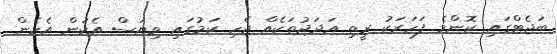
ބަޖެޓްގައި ކޮންމެ ފަހަރަކު ރީތި އަދަދުތަކެއް ޖެހި ކަމުގައި ވިޔަސް އެކަން އެހެން